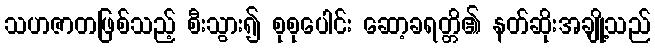
သဟဇာတဖြစ်သည့် စီးသွား၍ စုစုပေါင်း ဆော့ခရတ္တိ၏ နတ်ဆိုးအချို့သည်